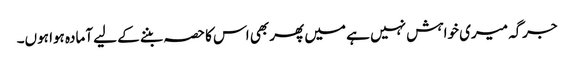
جرگہ میری خواہش نہیں ہے میں پھر بھی اس کا حصہ بننے کے لیے آمادہ ہوا ہوں۔